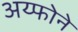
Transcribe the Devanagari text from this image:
अय्फोने